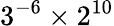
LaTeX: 3^{-6}\times 2^{10}